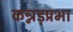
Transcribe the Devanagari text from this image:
कन्नड़प्रभा